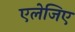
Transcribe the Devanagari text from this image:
एलेजिए